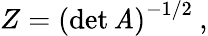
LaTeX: Z=\left(\operatorname*{det}\mathit{A}\right)^{-1/2}\: ,